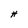
Character: H